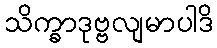
သိက္ခာဒုဗ္ဗလျမာပါဒိ